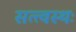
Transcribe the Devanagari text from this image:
सत्त्वस्थः